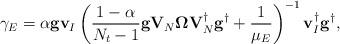
LaTeX: \begin{align*}\gamma_{E}=\alpha \mathbf{g}\mathbf{v}_{I} \left(\frac{1-\alpha}{N_t-1}\mathbf{g}\mathbf{V}_{N}\mathbf{\Omega}\mathbf{V}_{N}^{\dag}\mathbf{g}^{\dag}+\frac{1}{\mu_E}\right)^{-1}\mathbf{v}_{I}^{\dag}\mathbf{g}^{\dag},\end{align*}